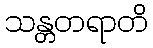
သန္တတရာတိ